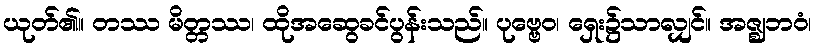
ယုတ်၏။ တဿ မိတ္တဿ၊ ထိုအဆွေခင်ပွန်းသည်။ ပုဗ္ဗေဝ၊ ရှေး၌သာလျှင်။ အဇ္ဈဘဝံ၊